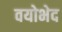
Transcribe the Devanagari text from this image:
वयोभेद